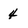
Character: 4